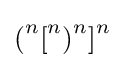
{(}^{n}{[}^{n}{)}^{n}{]}^{n}